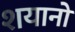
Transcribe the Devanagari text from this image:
शयानो